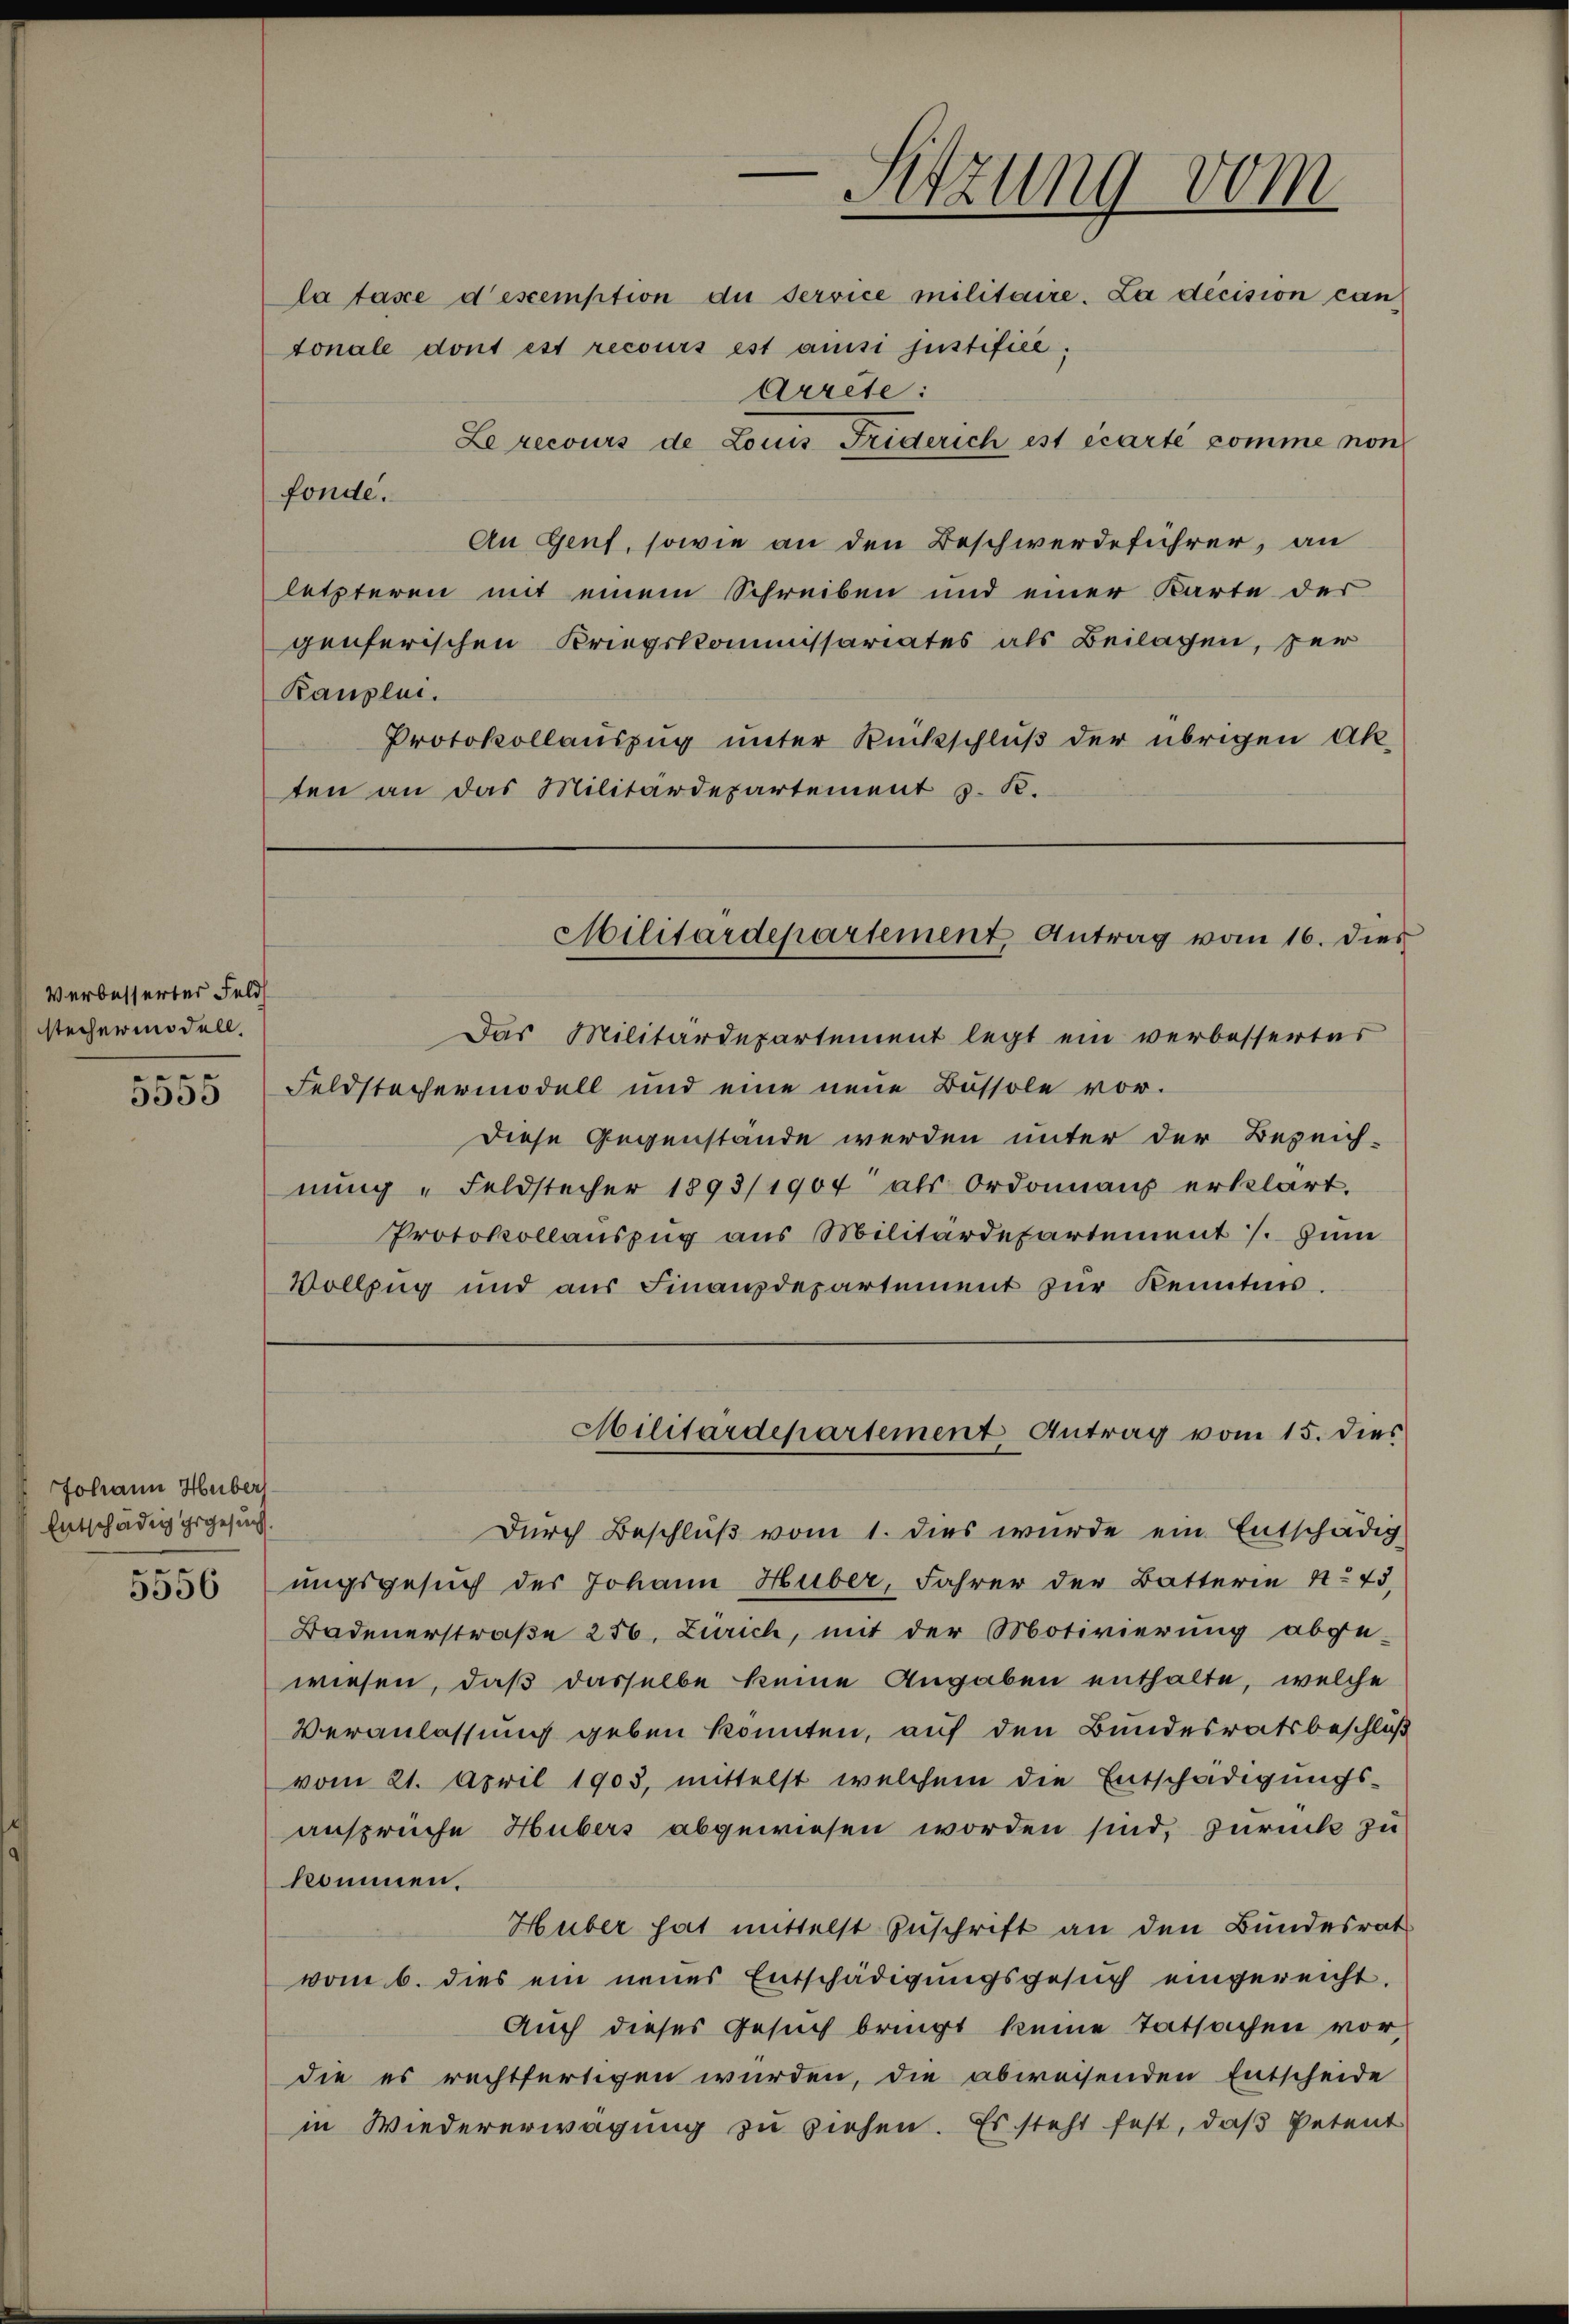
Verbesserter Feld
stechermodell.
e
3555

Johann Huber
Entschädig irgesucht.

ten an das Militärdepartement S. K.

Diese Gegenstände werden unter der Bezeich-
nung „Feldstecher 1893/1904 als Ordonnanz erklärt.
Protokollauszug aus Militärdepartement /: Zum
Vollzug und aŭs Finanzdepartement zŭr Kenntnis.

tonale dont est recours est amisi justifice,
Arrete:
Le recours de Louis Friderich est écarte komme non
fonde.
An Genf, sowie an den Beschwerdeführer, an
letzteren mit einem Schreiben und einer Karte der
genferischen Kriegskommissariates als Beilagen, ser
Rauplui.
Protokollauszug unter Rückschluß der übrigen Ak¬
Das Militärdepartement legt ein verbesserter
Feldstechermodell und eine neue Bussole vor.
Militärdepartement Antrag vom 15. dies
Durch Beschluß vom 1. dies wurde ein Entschädig
556 ungsgesuch des Johann Huber, Fahrer der Batterie No 43,
Badenerstraße 256, Zürich, mit der Motivierung abge-
wiesen, daß dasselbe keine Angaben enthalte, welche
Veranlassung geben konnten, auf den Bundesratsbeschluß
vom 21. April 1903, mittelst welchem die Entschädigŭngs-
ansprüche Hubers abgewiesen worden sind, zurück zu
kommen.
Huber hat mittelst Zuschrift an den Bundesrat
vom 6. dies ein neues Entschädigŭngsgesŭch eingereicht.
Auch dieses Gesuch bringt keine Tatsachen vordie es rechtfertigen würden, die abweisenden Entscheide
in Wiedererwägung zu ziehen. Es steht fest, daß Petent

-Sitzung vom
la fasce descemption du service militaire. La décision can

Militärdepartement Antrag vom 16. dies